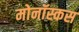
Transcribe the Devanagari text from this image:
मोनॉस्कस